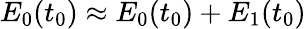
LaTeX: E_{0}(t_{0})\approx E_{0}(t_{0})+E_{1}(t_{0})